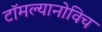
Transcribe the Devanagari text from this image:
टॉमल्यानोविच